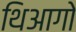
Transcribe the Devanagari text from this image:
थिआगो